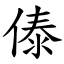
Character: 傣